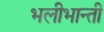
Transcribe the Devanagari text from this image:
भलीभान्ती